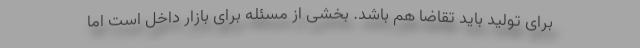
برای تولید باید تقاضا هم باشد. بخشی از مسئله برای بازار داخل است اما